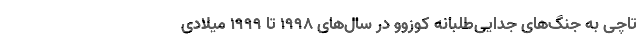
تاچی به جنگ‌های جدایی‌طلبانه کوزوو در سال‌های ۱۹۹۸ تا ۱۹۹۹ میلادی